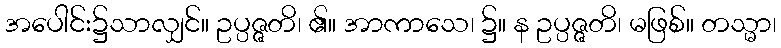
အပေါင်း၌သာလျှင်။ ဥပ္ပဇ္ဇတိ၊ ၏။ အာကာသေ၊ ၌။ န ဥပ္ပဇ္ဇတိ၊ မဖြစ်။ တသ္မာ၊